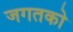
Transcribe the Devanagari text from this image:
जगतको